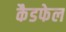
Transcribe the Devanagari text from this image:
कैडफेल